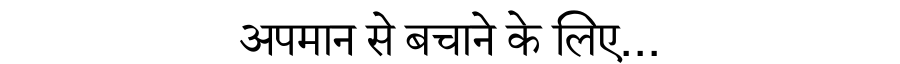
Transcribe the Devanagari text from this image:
अपमान से बचाने के लिए...